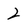
Character: 2